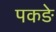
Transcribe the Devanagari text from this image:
पकङे